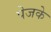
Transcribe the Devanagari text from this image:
पेजके